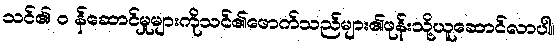
သင်၏ ၀ န်ဆောင်မှုများကိုသင်၏ဖောက်သည်များ၏ဖုန်းသို့ယူဆောင်လာပါ။